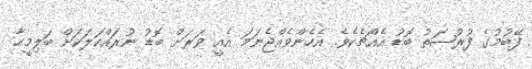
ފޭބުމުގެ ފުރުޞަތު ބޮޑު އެއްޗެކެވެ. އެހެންވެއްޖެނަމަ އެއީ ވަރަށް ބޮޑު ނުރައްކަލަކަށް ބަލިމީހާ